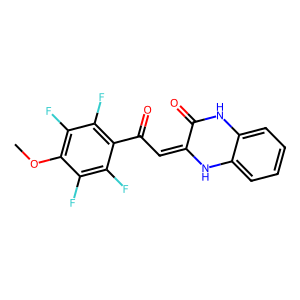
SMILES: COc1c(F)c(F)c(C(=O)C=C2Nc3ccccc3NC2=O)c(F)c1F
Inhibits HIV replication: No